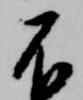
不